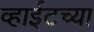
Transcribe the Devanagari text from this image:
व्हाईटच्या